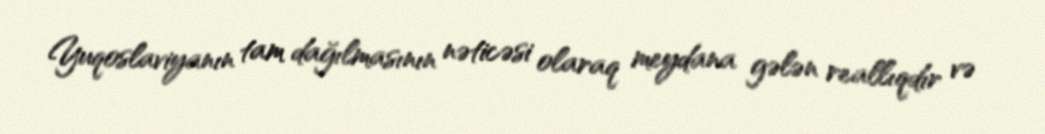
Yuqoslaviyanın tam dağılmasının nəticəsi olaraq meydana gələn reallıqdır və